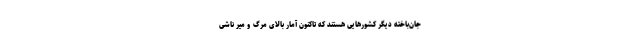
جان‌باخته دیگر کشورهایی هستند که تاکنون آمار بالای مرگ‌ و میر ناشی